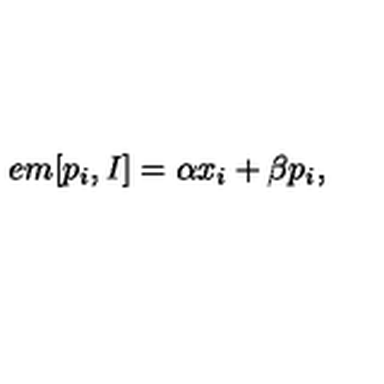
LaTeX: \hspace { + 5 e m } [ p _ { i } , I ] = \alpha x _ { i } + \beta p _ { i } ,